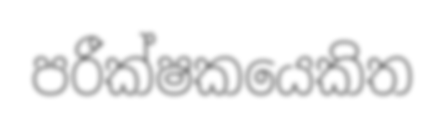
පරීක්ෂකයෙකිත